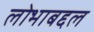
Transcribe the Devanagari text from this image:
लोभाबद्दल